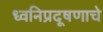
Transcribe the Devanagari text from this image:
ध्वनिप्रदूषणाचे